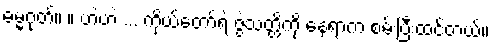
ဓမ္မဂုတ်။ ။ ဟဲဟဲ ... ကိုယ်တော်ရဲ့ ဇွဲသတ္တိကို နေရာက စမ်းပြီးထင်တယ်။